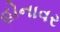
હોનાવર